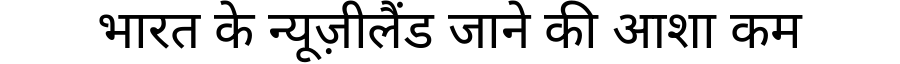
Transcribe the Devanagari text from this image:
भारत के न्यूज़ीलैंड जाने की आशा कम